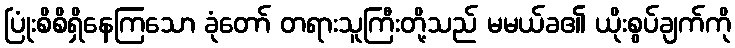
ပြုံးစိစိရှိနေကြသော ခုံတော် တရားသူကြီးတို့သည် မမယ်ခ၏ ယိုးစွပ်ချက်ကို